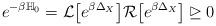
LaTeX: \begin{align*}e^{-\beta \mathbb{H}_0}=\mathcal{L}\big[e^{\beta \Delta_X}\big]\mathcal{R}\big[e^{\beta \Delta_X}\big]\unrhd 0 \end{align*}